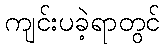
ကျင်းပခဲ့ရာတွင်